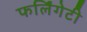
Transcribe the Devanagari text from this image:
फर्लिंगेटी